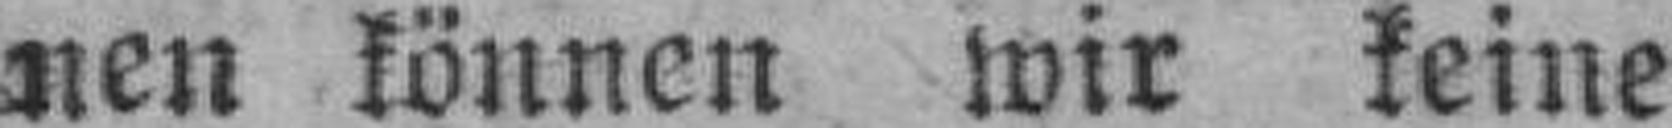
nen können wir keine